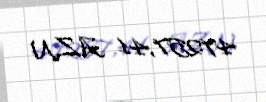
47257,41 AZN